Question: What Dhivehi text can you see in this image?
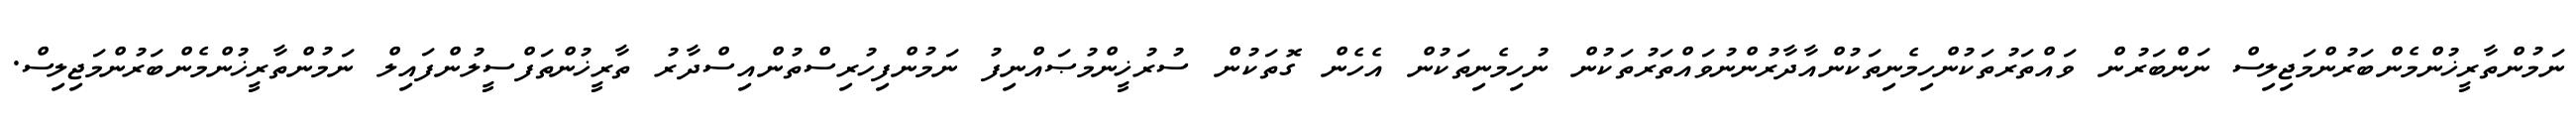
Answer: ނަމުންތާރީޚުންމެންބަރުންމަޖިލިސް ނަންބަރުން ވައްތަރުތަކުންހިމެނިތަކުންއާދާރުންނުވައްތަރުތަކުން ނުހިމެނިތަކުން އެހެން ގޮތަކުން ސުރުޚީންމުޞައްނިފު ނަމުންފިހުރިސްތުންއިސްދާރު ތާރީޚުންތަފްސީލުންފައިލް ނަމުންތާރީޚުންމެންބަރުންމަޖިލިސް.